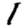
Digit: 1